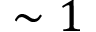
\sim 1